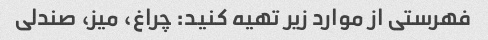
فهرستی از موارد زیر تهیه کنید: چراغ، میز، صندلی